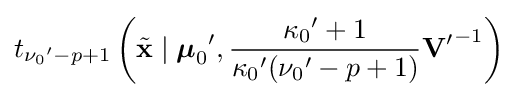
t_{{\nu _{0}}'-p+1}\left({\tilde {\mathbf {x} }}\mid {{\boldsymbol {\mu }}_{0}}',{\frac {{\kappa _{0}}'+1}{{\kappa _{0}}'({\nu _{0}}'-p+1)}}{\mathbf {V} '}^{-1}\right)